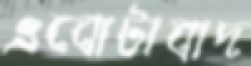
এবোটাবাদ